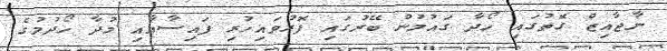
ނާޖާއިޒް ގޮތުގައި ހޯދާ ގައުމުން ބޭރުގައި ފޮރުވައިހުރި ފައިސާއާއި މުދާ ހޯދުމުގެ